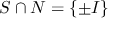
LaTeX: S \cap N = \{ \pm I \}